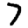
Digit: 7